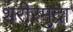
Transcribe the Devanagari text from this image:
शरीरमुद्रा